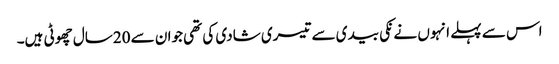
اس سے پہلے انہو ں نے نکی بیدی سے تیسری شادی کی تھی جوان سے 20سال چھوٹی ہیں۔